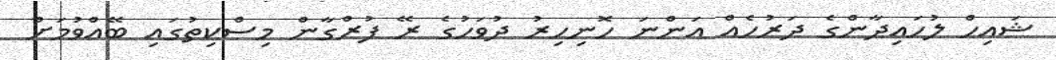
ޝައިިހް ލުހައިދާންގެ ދަރުހެއް އަންނަ ހޮނިހިރު ދުވަހުގެ ރޭ ފުރްގާން މިސްކިތުގައި ބޭއްވުމަށް